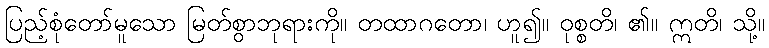
ပြည့်စုံတော်မူသော မြတ်စွာဘုရားကို။ တထာဂတော၊ ဟူ၍။ ဝုစ္စတိ၊ ၏။ ဣတိ၊ သို့။